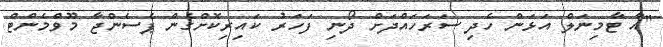
"އާ ޓާމިނަލް އަޅަން ހެދި ސަރަހައްދަށް ދޯނި ފަހަރު ކައިރިކޮށްގެން ޕެސެންޖާ މޫވްމެންޓް